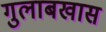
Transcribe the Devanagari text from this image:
गुलाबखास